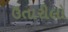
ઉતારીલો